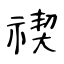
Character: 禊